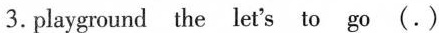
3.playground the let's to go(.)